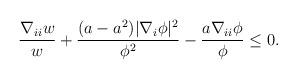
LaTeX: \begin{align*}\frac{\nabla_{ii} w}{w} + \frac{(a - a^2) |\nabla_{i} \phi|^2}{\phi^2} - \frac{a \nabla_{ii} \phi}{\phi} \leq 0.\end{align*}